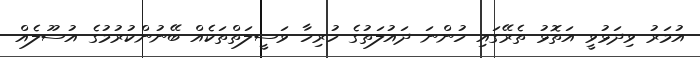
އުމަރު ވިދަޅުވީ އަތޮޅު ތެރޭގައި ހުންނަ ދައުލަތުގެ ހުރިހާ ވަސީލަތްތަކެއް ބޭނުންކުރުމުގެ އުސޫލެއް